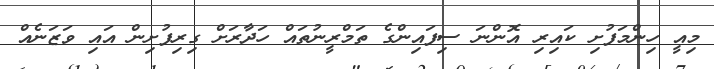
މިއީ ހިންމަފުށި ކައިރި އޮންނަ ސިފައިންގެ ތަމްރީނުތައް ހަދާރަށް ގިރިފުށިން އައި ވަޒަނެއް